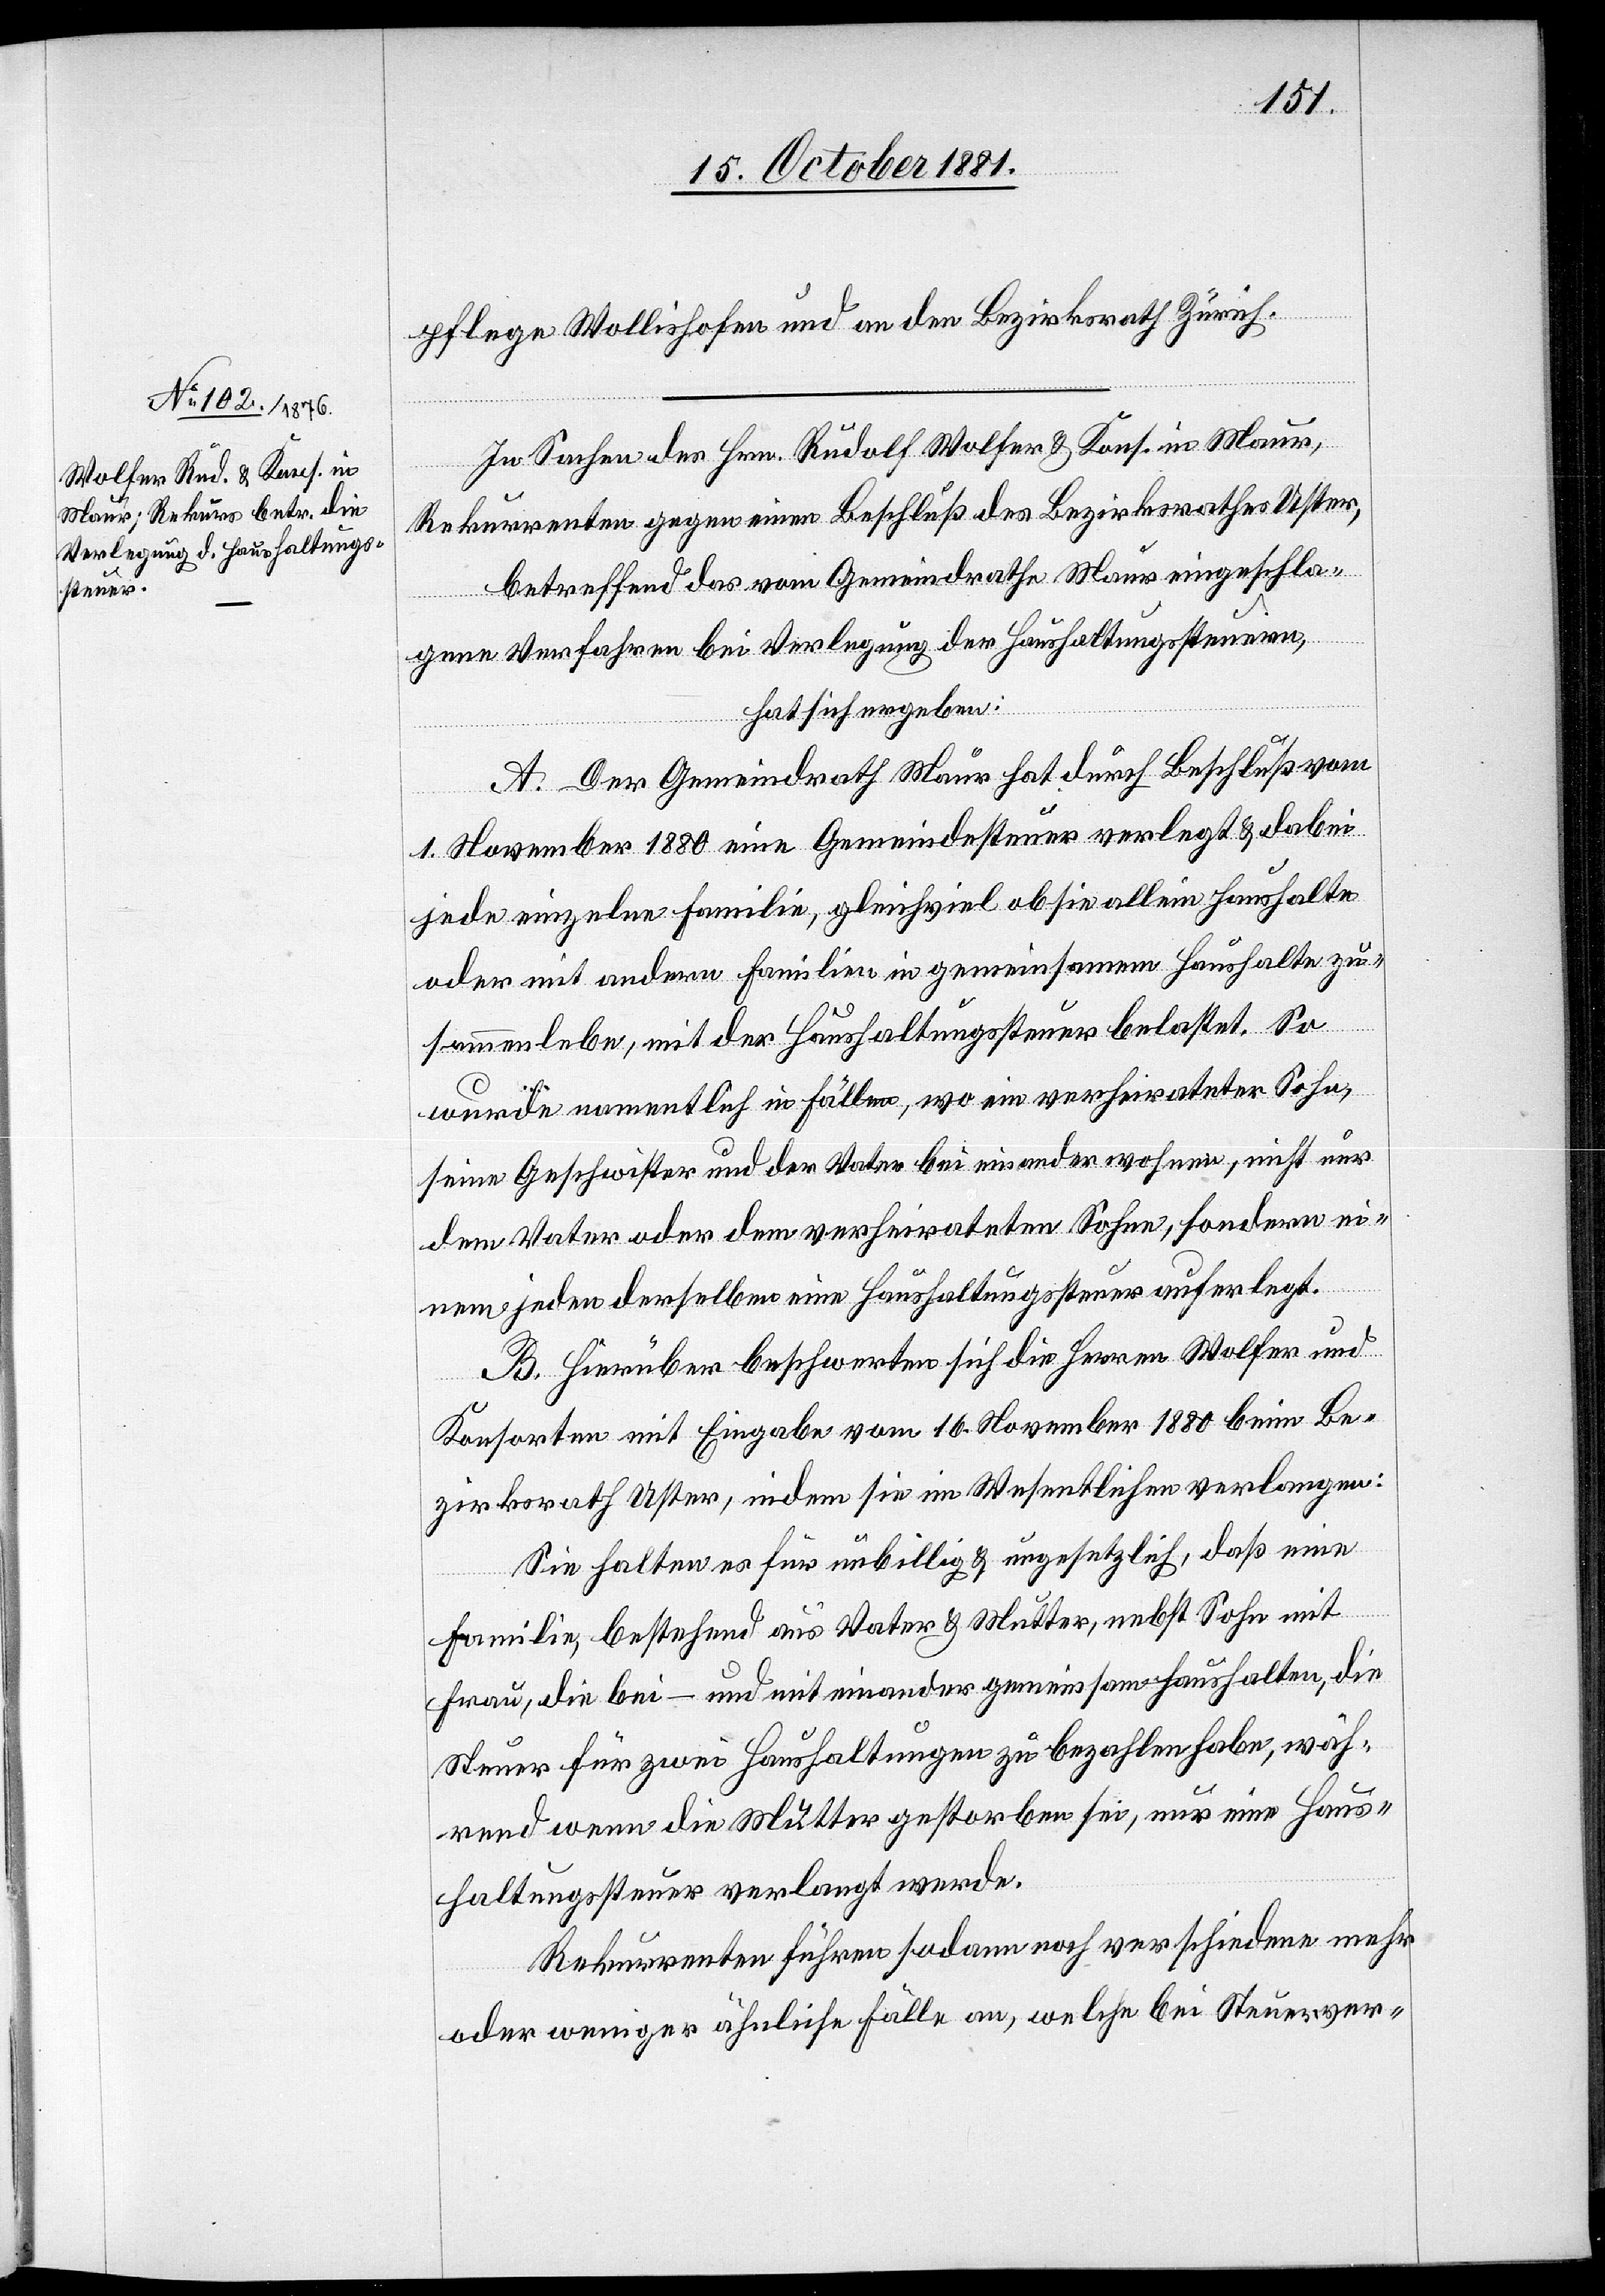
pflege Wollishofen und an den Bezirksrath Zürich.
In Sachen des Hrn. Rudolf Wolfer & Kons. in Maur,
Rekurrenten gegen einen Beschluß des Bezirksrathes Uster,
betreffend das vom Gemeindrath Maur eingeschla¬
gene Verfahren bei Verlegung der Haushaltungssteuern,
hat sich ergeben:
A. Der Gemeindrath Maur hat durch Beschluß vom
1. November 1880 eine Gemeindesteuer verlegt & dabei
jede einzelne Familie, gleichviel ob sie allein haushalte
oder mit andern Familien in gemeinsamem Haushalte zu¬
sammenlebe, mit der Haushaltungssteuer belastet. So
wurde namentlich in Fällen, wo ein verheirateter Sohn,
seine Geschwister und der Vater bei einander wohnen, nicht nur
dem Vater oder dem verheirateten Sohne, sondern ei¬
nem jeden derselben eine Haushaltungssteuer auferlegt.
B. Hierüber beschwerten sich die Herren Wolfer und
Konsorten mit Eingabe vom 16. November 1880 beim Be¬
zirksrath Uster, indem sie im Wesentlichen verlangen:
Sie halten es für unbillig & ungesetzlich, daß eine
Familie, bestehend aus Vater & Mutter, nebst Sohn mit
Frau, die bei – und mit einander gemeinsam haushalten, wäh¬
rend wenn die Mutter gestorben sei, nur eine Haus¬
haltungssteuer verlangt werde.
Rekurrenten führen sodann noch verschiedene mehr
oder weniger ähnliche Fälle an, welche bei Steuerver-